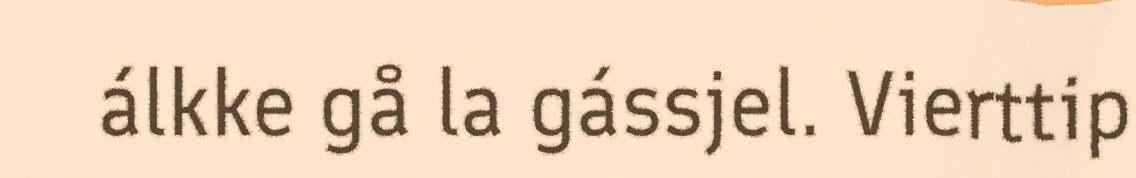
álkke gå la gássjel. Vierttip